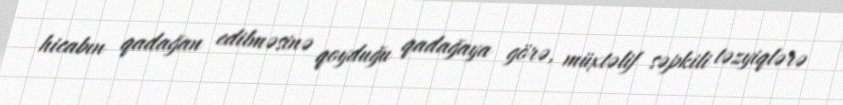
hicabın qadağan edilməsinə qoyduğu qadağaya görə, müxtəlif səpkili təzyiqlərə